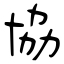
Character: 協